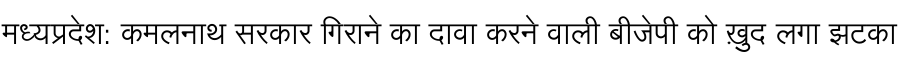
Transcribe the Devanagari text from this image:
मध्यप्रदेश: कमलनाथ सरकार गिराने का दावा करने वाली बीजेपी को ख़ुद लगा झटका